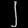
Digit: ၂